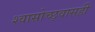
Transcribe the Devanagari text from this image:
श्वासोच्छ्वासही